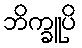
ဘိက္ခူပိ